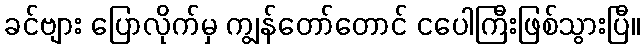
ခင်ဗျား ပြောလိုက်မှ ကျွန်တော်တောင် ငပေါကြီးဖြစ်သွားပြီ။